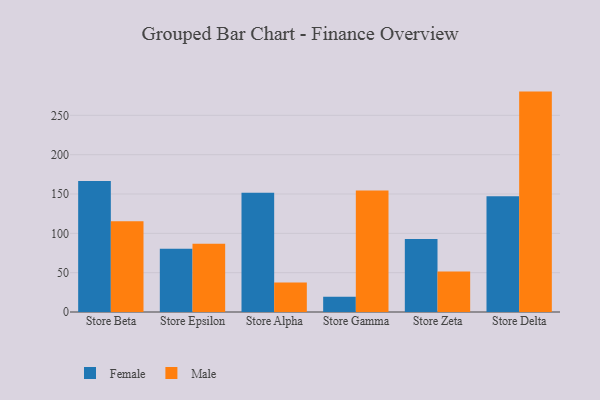
{"axis": {"x": "Store", "y": "Net Income (USD K)"}, "legend": ["Female", "Male"], "data": [{"x": "Store Beta", "y": 166.5, "type": "Female"}, {"x": "Store Beta", "y": 115.4, "type": "Male"}, {"x": "Store Epsilon", "y": 80.4, "type": "Female"}, {"x": "Store Epsilon", "y": 86.7, "type": "Male"}, {"x": "Store Alpha", "y": 151.6, "type": "Female"}, {"x": "Store Alpha", "y": 37.6, "type": "Male"}, {"x": "Store Gamma", "y": 19.4, "type": "Female"}, {"x": "Store Gamma", "y": 154.5, "type": "Male"}, {"x": "Store Zeta", "y": 92.7, "type": "Female"}, {"x": "Store Zeta", "y": 51.5, "type": "Male"}, {"x": "Store Delta", "y": 147.1, "type": "Female"}, {"x": "Store Delta", "y": 280.2, "type": "Male"}]}